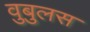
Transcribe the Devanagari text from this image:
वुबुलस